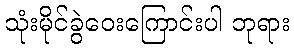
သုံးမိုင်ခွဲဝေးကြောင်းပါ ဘုရား